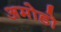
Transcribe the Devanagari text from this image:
अमोडो